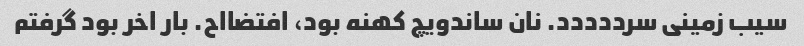
سیب زمینی سرددددد. نان ساندویچ کهنه بود، افتضااح. بار اخر بود گرفتم